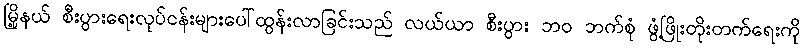
မြို့နယ် စီးပွားရေးလုပ်ငန်းများပေါ်ထွန်းလာခြင်းသည် လယ်ယာ စီးပွား ဘဝ ဘက်စုံ ဖွံ့ဖြိုးတိုးတက်ရေးကို